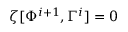
\zeta [ \Phi ^ { i + 1 } , \Gamma ^ { i } ] = 0